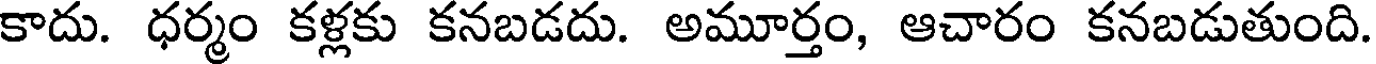
కాదు. ధర్మం కళ్లకు కనబడదు. అమూర్తం, ఆచారం కనబడుతుంది.